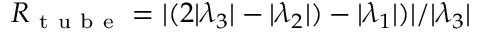
R _ { \mathrm { ~ t ~ u ~ b ~ e ~ } } = \vert ( 2 \vert \lambda _ { 3 } \vert - \vert \lambda _ { 2 } \vert ) - \vert \lambda _ { 1 } \vert ) \vert / \vert \lambda _ { 3 } \vert